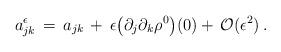
LaTeX: \begin{align*}a^\epsilon_{jk}\,&=\,a_{jk}\,+\,\epsilon \big(\partial_j\partial_k\rho^0\big)(0) +\,\mathcal{O}(\epsilon^2)\, .\end{align*}